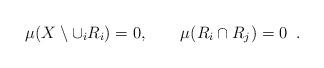
LaTeX: \begin{align*}\mu(X\setminus \cup_i R_i)=0,\quad\quad\mu(R_i\cap R_j)=0\;\;.\end{align*}